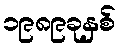
၁၉၈၉ခုနှစ်